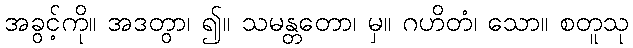
အခွင့်ကို။ အဒတွာ၊ ၍။ သမန္တတော၊ မှ။ ဂဟိတံ၊ သော။ စတူသု